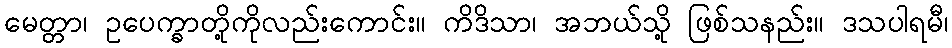
မေတ္တာ၊ ဥပေက္ခာတို့ကိုလည်းကောင်း။ ကိဒိသာ၊ အဘယ်သို့ ဖြစ်သနည်း။ ဒသပါရမီ၊